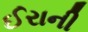
ઈરાની